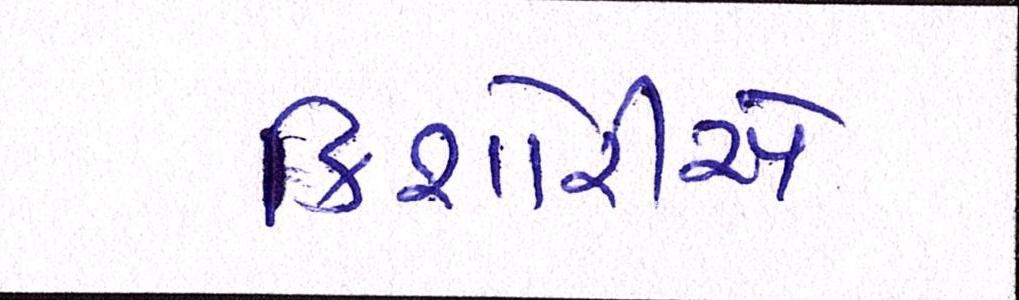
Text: કિશોરીએ